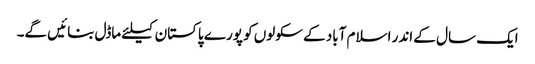
ایک سال کے اندر اسلام آباد کے سکولوں کو پورے پاکستان کیلئے ماڈل بنائیں گے۔